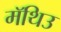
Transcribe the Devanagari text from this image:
मॅथिउ